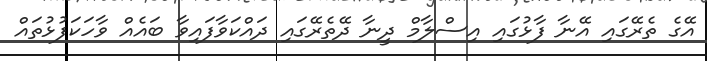
އޭގެ ތެރޭގައި އޭނާ ފާޅުގައި އިސްލާމް ދީނާ ދޭތެރޭގައި ދައްކަވާފައިވާ ބައެއް ވާހަކަފުޅުތައް